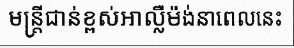
មន្ត្រីជាន់ខ្ពស់អាល្លឺម៉ង់នាពេលនេះ